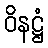
ဝိနဋ္ဌံ